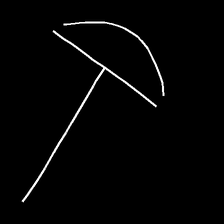
Glyph: dispersion